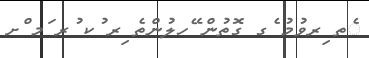
ެތ ިރވުމު ެގ ގޮތުން ޭހލުންތެ ިރ ުކ ުރ ަމ ްށ